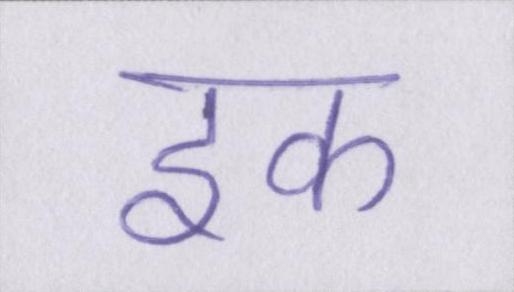
इक